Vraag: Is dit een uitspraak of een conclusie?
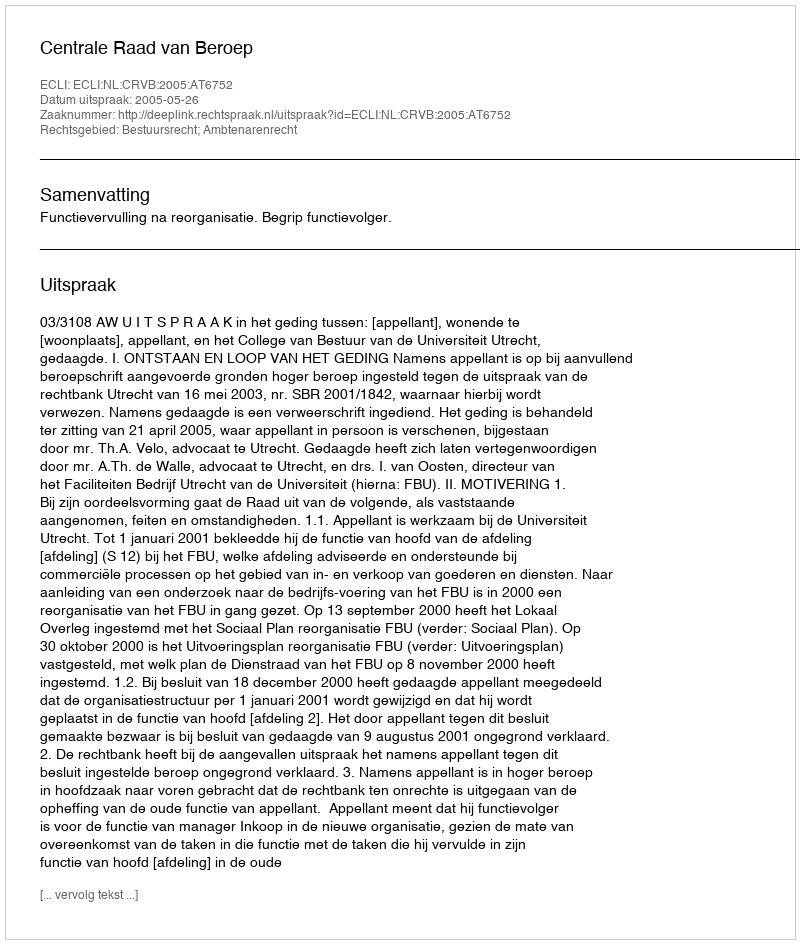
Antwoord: Uitspraak